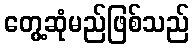
တွေ့ဆုံမည်ဖြစ်သည်